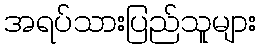
အရပ်သားပြည်သူများ